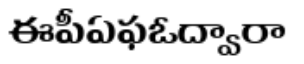
ఈపీఏఫఓద్వారా